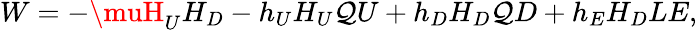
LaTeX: W=-\muH_{U}H_{D}-h_{U}H_{U}\mathcal{Q}U+h_{D}H_{D}\mathcal{Q}D+h_{E}H_{D}LE,